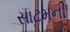
સાટમની